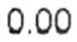
0.00